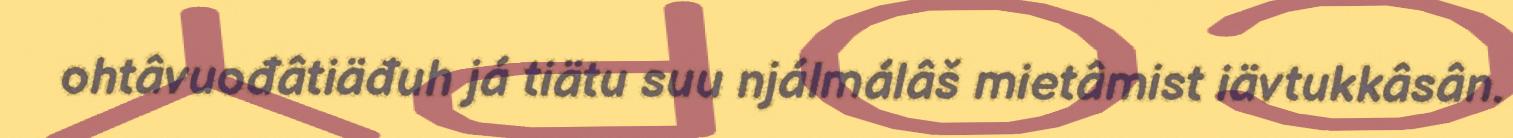
ohtâvuođâtiäđuh já tiätu suu njálmálâš mietâmist iävtukkâsân.